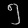
Digit: ၅